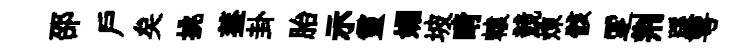
邵户矣挑葢卦胎示靈媚坡睛轅競煉骸覂荆蹊萼